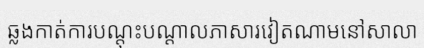
ឆ្លងកាត់ការបណ្តុះបណ្តាលភាសារវៀតណាមនៅសាលា